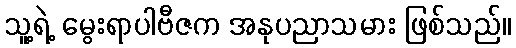
သူ့ရဲ့ မွေးရာပါဗီဇက အနုပညာသမား ဖြစ်သည်။